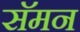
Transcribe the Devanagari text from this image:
सॅमन